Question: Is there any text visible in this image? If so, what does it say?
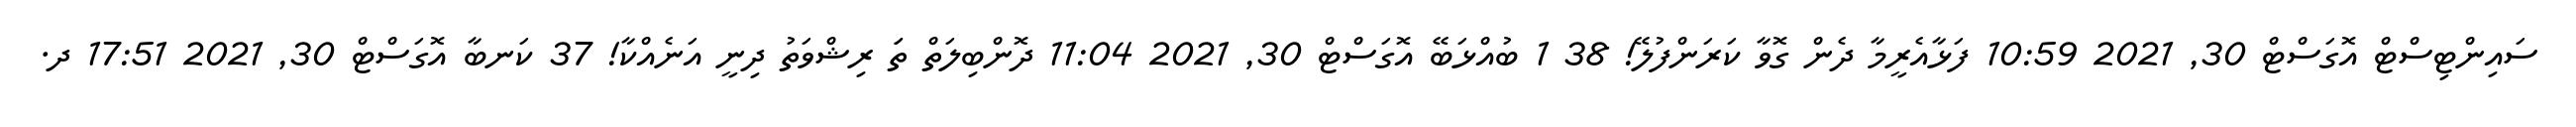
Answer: ސައިންޓިސްޓް އޮގަސްޓް 30, 2021 10:59 ފަޅާއެރީމާ ދެން ގޮވާ ކަރަންފުލޭ! 38 1 ބުއްޅަބޭ އޮގަސްޓް 30, 2021 11:04 ދޮންބިލަތް ތަަ ރިޝްވަތު ދިނީ އަނެއްކާ! 37 ކަނބާ އޮގަސްޓް 30, 2021 17:51 ދ.